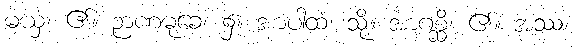
မယှံ၊ ၏။ ဉာဏမုခေ၊ ၌။ အာပါထံ၊ သို့။ အာဂစ္ဆိ၊ ၏။ အဿ၊